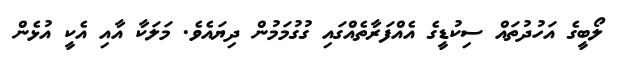
ލޯބީގެ އަހުދުތައް ސިކުޑީގެ އެއްފަރާތެއްގައި ގުގުމަމުން ދިޔައެވެ. މަލަކާ އާއި އެކީ އުޅެން